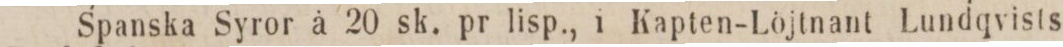
Spanska Syror à 20 sk. pr lisp., i Kapten-Löjtnant Lundqvists